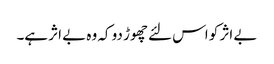
بے اثر کو اس لئے چھوڑ دو کہ وہ بے اثر ہے۔